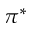
\pi ^ { * }